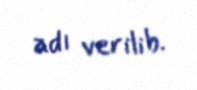
adı verilib.